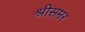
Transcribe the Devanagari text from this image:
श्रीसमर